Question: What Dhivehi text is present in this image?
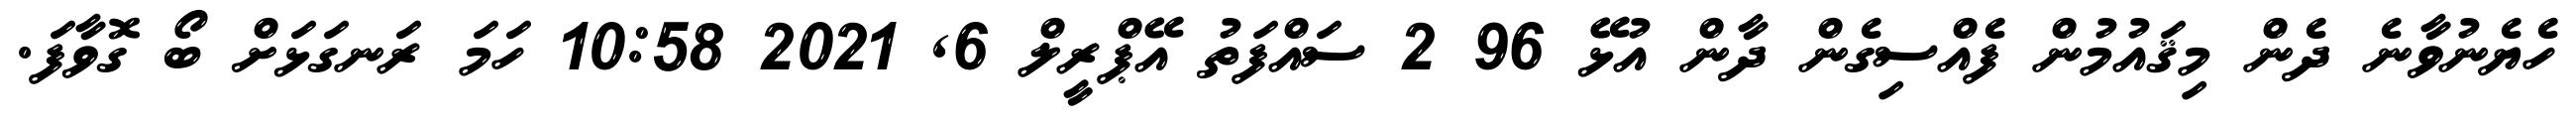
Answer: ހެޔެނުވާނެ ދެން މިޤައުމުން ފެއްސިގެން ދާން އުޅޭ 96 2 ސައްފަތު އޭޕްރީލް 6, 2021 10:58 ހަމަ ރަނގަޅަށް ބޯ ގޮވާފަ.